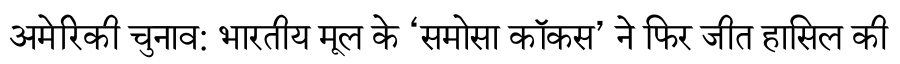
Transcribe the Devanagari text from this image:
अमेरिकी चुनाव: भारतीय मूल के ‘समोसा कॉकस’ ने फिर जीत हासिल की